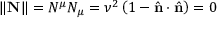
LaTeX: \| \mathbf { N } \| = N ^ { \mu } N _ { \mu } = \nu ^ { 2 } \left( 1 - { \hat { \mathbf { n } } } \cdot { \hat { \mathbf { n } } } \right) = 0